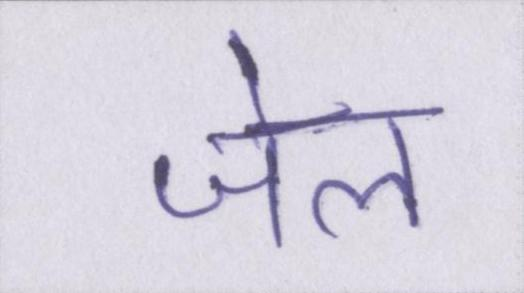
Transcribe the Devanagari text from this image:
जेल